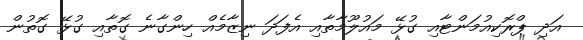
އަދި ޕްރޮކިއުމަންޓާއި ގުޅޭ މައުލޫމާތާއި އެފަދަ ނިޒާމެއް ހިންގާނެ ގޮތާއި ގުޅޭ ގޮތުން